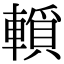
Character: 𨎘